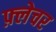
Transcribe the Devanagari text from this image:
फ़्लेचर